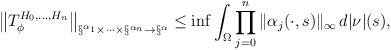
LaTeX: \begin{align*}\big\|T_{\phi}^{H_0,\dots,H_n}\big\|_{\S^{\alpha_1}\times\cdots\times\S^{\alpha_n}\to\S^\alpha}\le \inf\int_\Omega\prod_{j=0}^n\|\alpha_j(\cdot,s)\|_\infty\,d|\nu|(s),\end{align*}